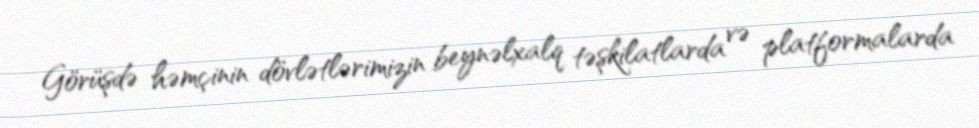
Görüşdə həmçinin dövlətlərimizin beynəlxalq təşkilatlarda və platformalarda